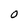
Character: O